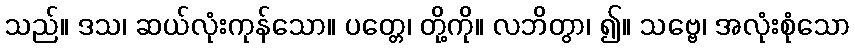
သည်။ ဒသ၊ ဆယ်လုံးကုန်သော။ ပတ္တေ၊ တို့ကို။ လဘိတွာ၊ ၍။ သဗ္ဗေ၊ အလုံးစုံသော